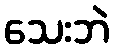
သေးဘဲ